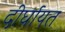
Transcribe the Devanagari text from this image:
दीर्घायत